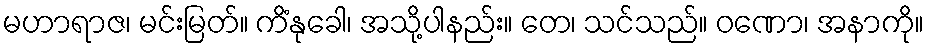
မဟာရာဇ၊ မင်းမြတ်။ ကိံနုခေါ၊ အသို့ပါနည်း။ တေ၊ သင်သည်။ ဝဏော၊ အနာကို။